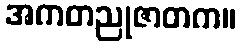
အကတညုဇာတက။